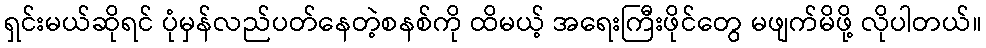
ရှင်းမယ်ဆိုရင် ပုံမှန်လည်ပတ်နေတဲ့စနစ်ကို ထိမယ့် အရေးကြီးဖိုင်တွေ မဖျက်မိဖို့ လိုပါတယ်။